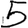
Digit: 5